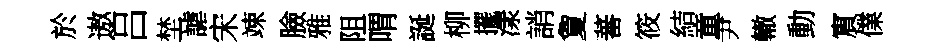
於遨吕埜謔宋竦臉雅阻喟誕柳擺漾誚夐蕃筱結童尹轍動賔㒒